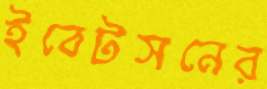
ইবেটসনের